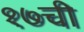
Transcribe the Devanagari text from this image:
१७ची